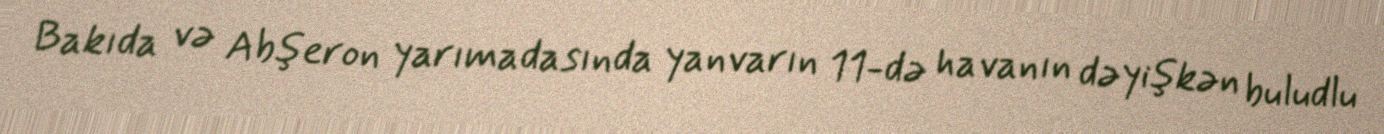
Bakıda və Abşeron yarımadasında yanvarın 11-də havanın dəyişkən buludlu